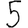
Digit: 5